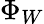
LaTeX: \Phi_{W}